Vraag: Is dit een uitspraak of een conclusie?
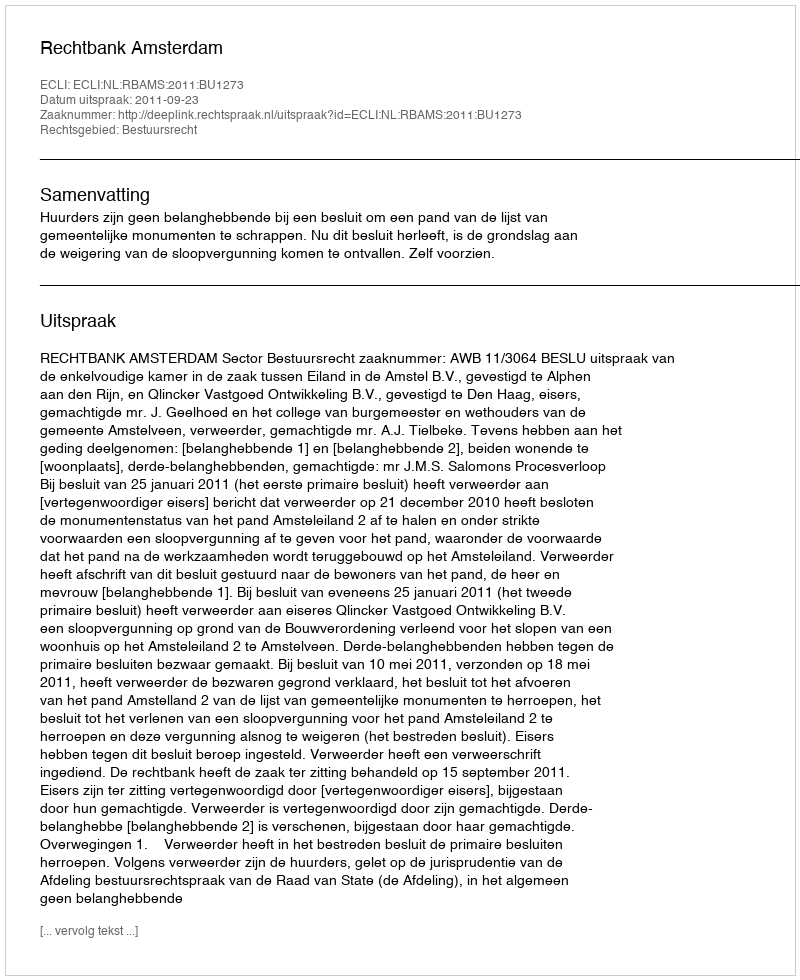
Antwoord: Uitspraak